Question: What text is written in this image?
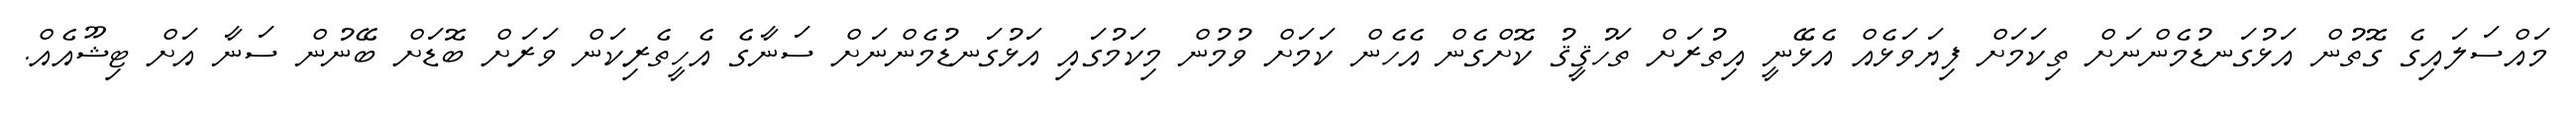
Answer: މައްސަލައިގެ ގޮތުން އަޅުގަނޑުމެންނަށް ތިކަމަށް ފިޔަވަޅެއް އެޅޭނީ އިތުރަށް ތަހުޤީޤު ކޮށްގެން އެހެން ކަމަށް ވުމުން މިކަމުގައި އަޅުގަނޑުމެންނަށް ސަނާގެ އެހީތެރިކަން ވަރަށް ބޮޑަށް ބޭނުން ސަނާ އަށް ޓިޝޫއެއް.